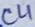
Text: C4